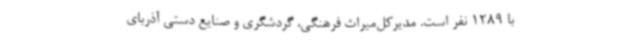
با 1289 نفر است. مدیرکل‌میراث فرهنگی، گردشگری و صنایع دستی آذربای